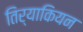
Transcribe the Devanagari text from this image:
तिर्याकियन